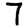
Digit: 7